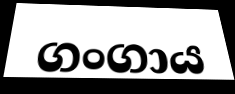
ගංගාය